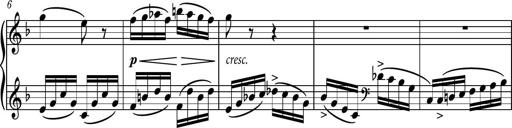
Title: Piano Sonatina No.8
Composer: Dimitri Sykias
Key: F major